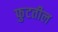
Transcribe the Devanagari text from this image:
फुटतील